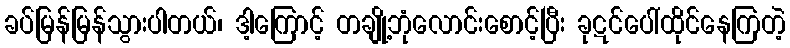
ခပ်မြန်မြန်သွားပါတယ်၊ ဒါ့ကြောင့် တချို့ဘုံလောင်းစောင့်ပြီး ခုဋင်ပေါ်ထိုင်နေကြတဲ့